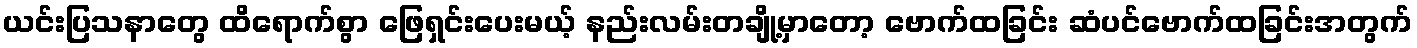
ယင်းပြသနာတွေ ထိရောက်စွာ ဖြေရှင်းပေးမယ့် နည်းလမ်းတချို့မှာတော့ ဗောက်ထခြင်း ဆံပင်ဗောက်ထခြင်းအတွက်